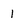
Character: 1